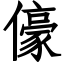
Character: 儫